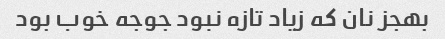
بهجز نان که زیاد تازه نبود جوجه خوب بود